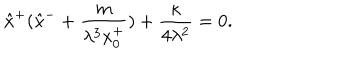
\hat { x } ^ { + } ( \hat { x } ^ { - } + \frac { m } { \lambda ^ { 3 } x _ { 0 } ^ { + } } ) + \frac { \kappa } { 4 \lambda ^ { 2 } } = 0 .